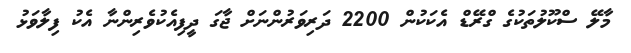
މާލޭ ސްކޫލުތަކުގެ ގްރޭޑް އެކަކުން 2200 ދަރިވަރުންނަށް ޖާގަ ދީފިއެކުވެރިންނާ އެކު ފިލާވަޅު